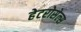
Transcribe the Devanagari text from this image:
हेटरोसेल्स